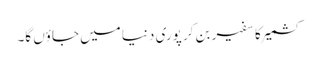
کشمیر کا سفیر بن کر پوری دنیا میں جاؤں گا۔